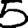
Digit: 5